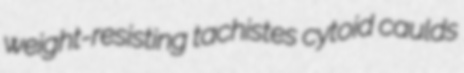
weight-resisting tachistes cytoid caulds